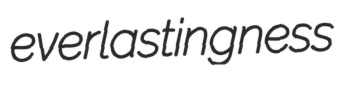
everlastingness